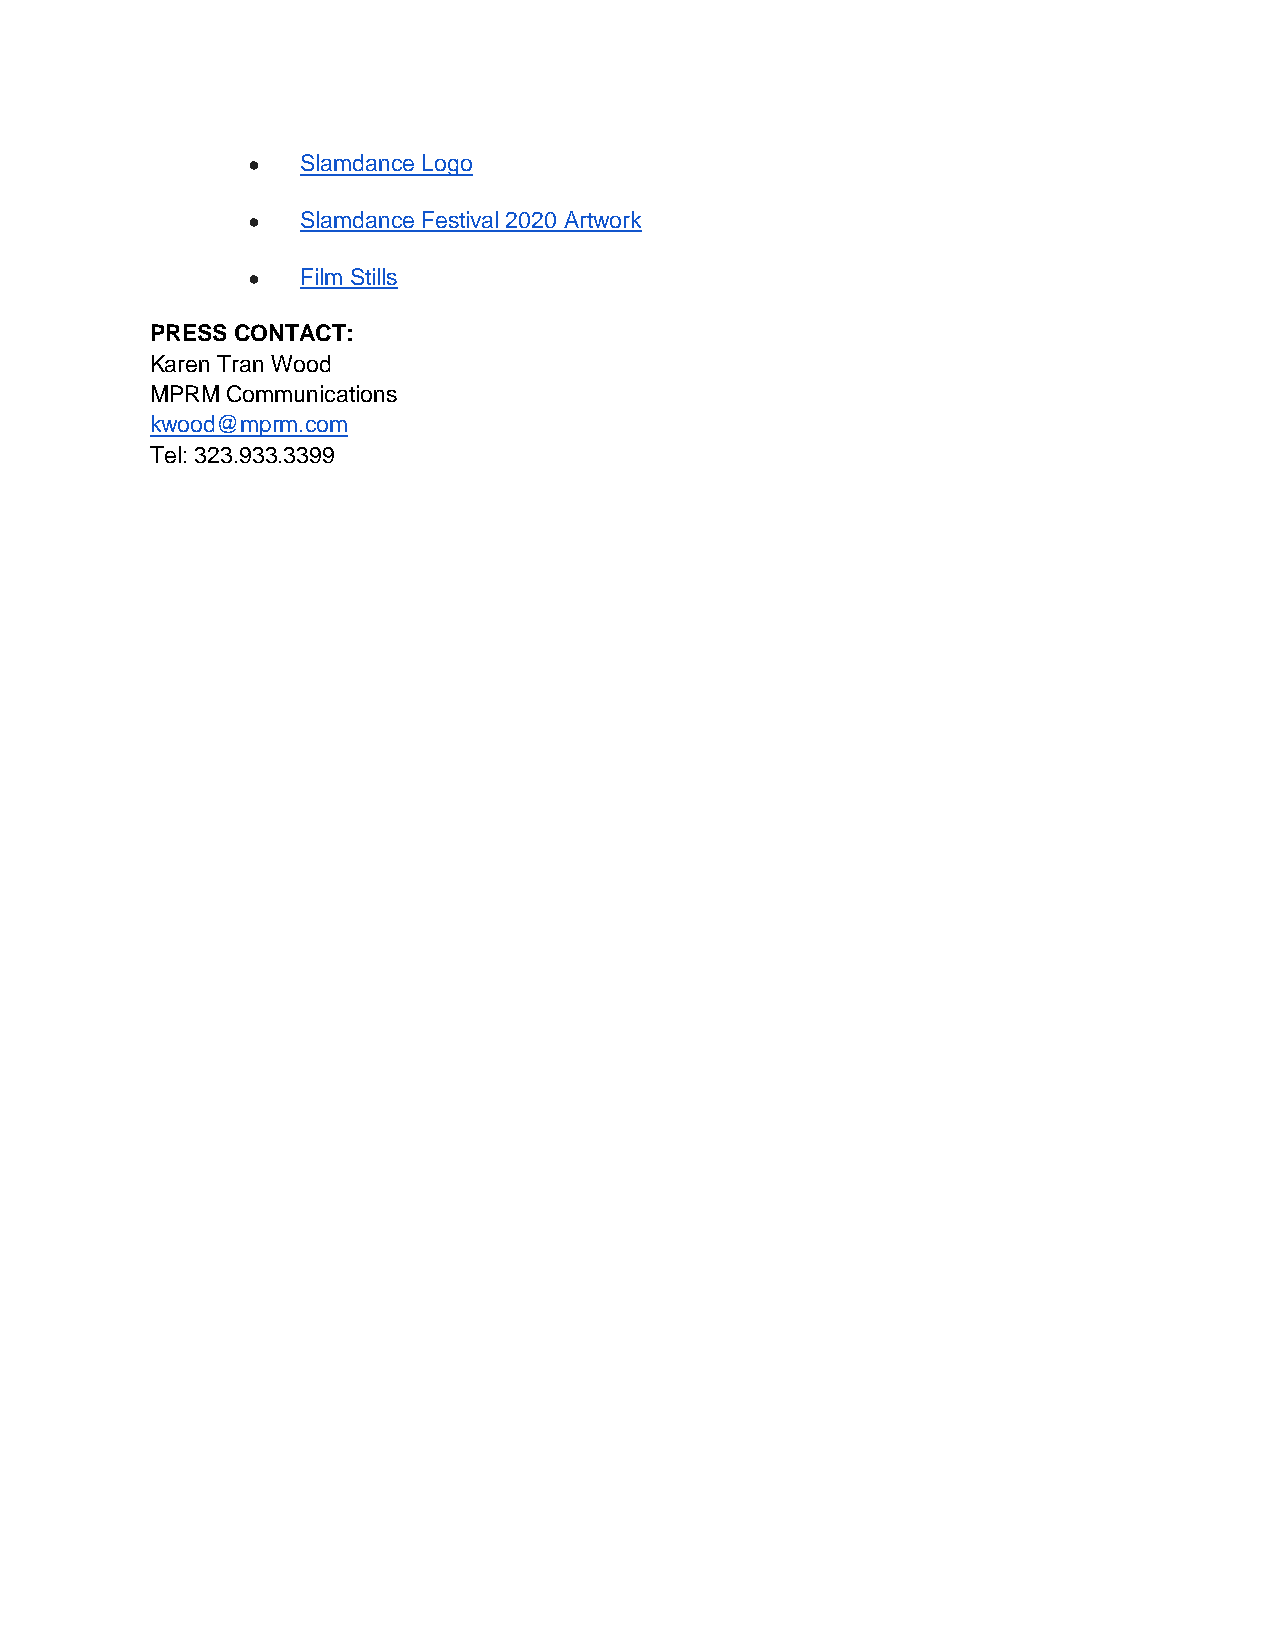
●   Slamdance Logo
 ●   Slamdance Festival 2020 Artwork
 ●   Film Stills
 PRESS CONTACT:
 Karen Tran Wood
 MPRM Communications
 kwood@mprm.com
 Tel: 323.933.3399